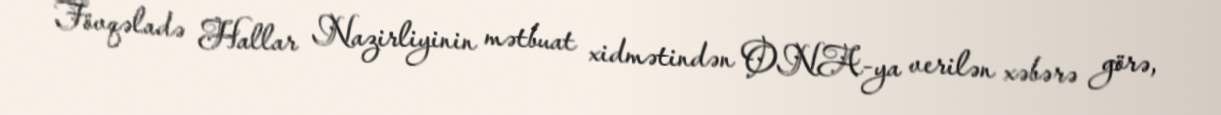
Fövqəladə Hallar Nazirliyinin mətbuat xidmətindən ONA-ya verilən xəbərə görə,